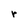
Character: r